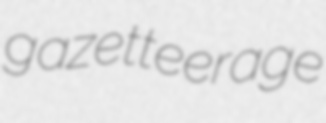
gazetteerage